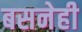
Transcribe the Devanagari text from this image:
बसनेही